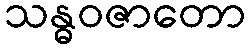
သန္ဓဝဇာတော